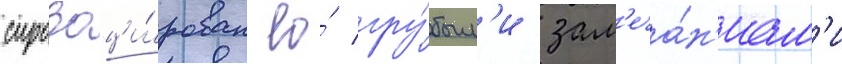
спровоци́рован ео́ гру́бым'и зам'еча́н'иам'и